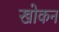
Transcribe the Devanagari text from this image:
खोकन